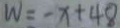
W = - x + 4 8